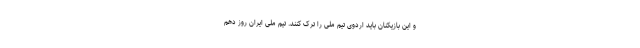
و این بازیکنان باید اردوی تیم ملی را ترک کنند. تیم ملی ایران روز دهم